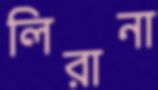
লিরানা